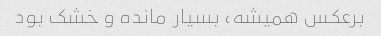
برعکس همیشه، بسیار مانده و خشک بود